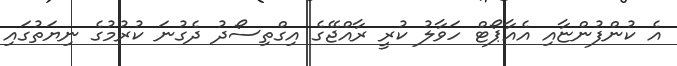
އެ ކުންފުންޏާއި އެއާޕޯޓް ހަވާލު ކުރީ ރާއްޖޭގެ އިގްތިސޯދު ދެގުނަ ކުރުމުގެ ނިޔަތުގައި